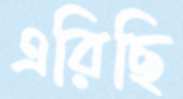
এরিছি